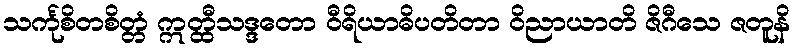
သင်္ကုစိတစိတ္တံ ဣတ္ထီသဒ္ဒတော ဝီရိယာဓိပတိတာ ဝိညာယာတိ ဇိဂီသေ ဇတူနိ